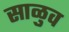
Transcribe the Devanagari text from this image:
साळुव